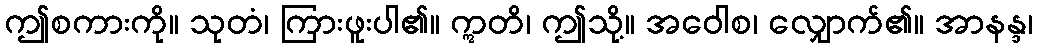
ဤစကားကို။ သုတံ၊ ကြားဖူးပါ၏။ ဣတိ၊ ဤသို့။ အဝေါစ၊ လျှောက်၏။ အာနန္ဒ၊